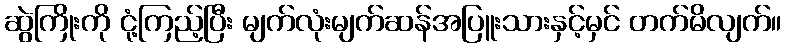
ဆွဲကြိုးကို ငုံ့ကြည့်ပြီး မျက်လုံးမျက်ဆန်အပြူးသားနှင့်မှင် တက်မိလျက်။